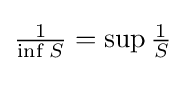
{\tfrac {1}{\inf _{}S}}=\sup _{}{\tfrac {1}{S}}